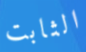
الثابت